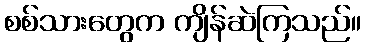
စစ်သားတွေက ကျိန်ဆဲကြသည်။